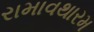
રામાવથારમ